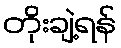
တိုးချဲ့ရန်